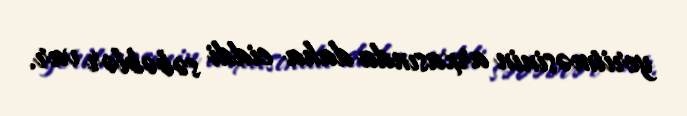
yeritməsinin arxasında daha ciddi səbəblər var.